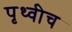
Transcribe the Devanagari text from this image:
पृथ्वीच